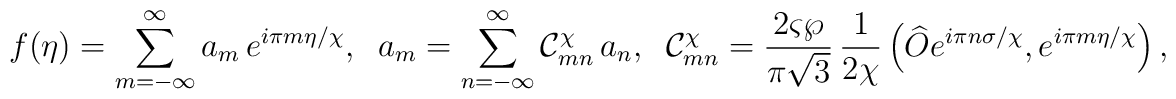
f(\eta)=\sum^{\infty}_{m=-\infty}a_m\,e^{i\pi m\eta/\chi},\;\;a_m=\sum^{\infty}_{n=-\infty}{\cal C}^{\chi}_{mn}\,a_n,\;\;{\cal C}^{\chi}_{mn}=\frac{2\varsigma\wp}{\pi\sqrt{3}}\,\frac{1}{2\chi}\left(\widehat{O}e^{i\pi n\sigma/\chi}, e^{i\pi m\eta/\chi}\right),